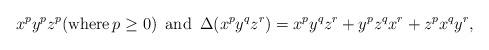
LaTeX: \begin{align*} x^py^pz^p (\mbox{\rm where}\, p\geq 0) \, \mbox{ {\rm and} } \, \Delta(x^py^qz^r) = x^py^qz^r+y^pz^qx^r+z^px^qy^r,\end{align*}